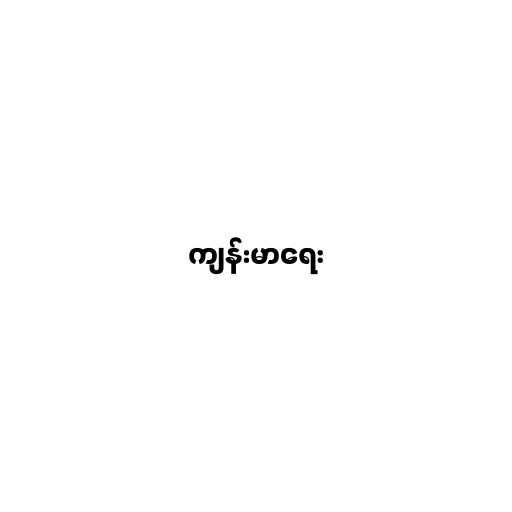
ကျန်းမာရေး